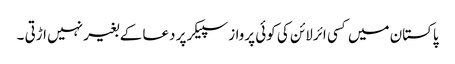
پاکستان میں کسی ائرلائن کی کوئی پرواز سپیکر پر دعا کے بغیر نہیں اڑتی ۔